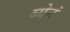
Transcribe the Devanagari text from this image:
ब्येनं